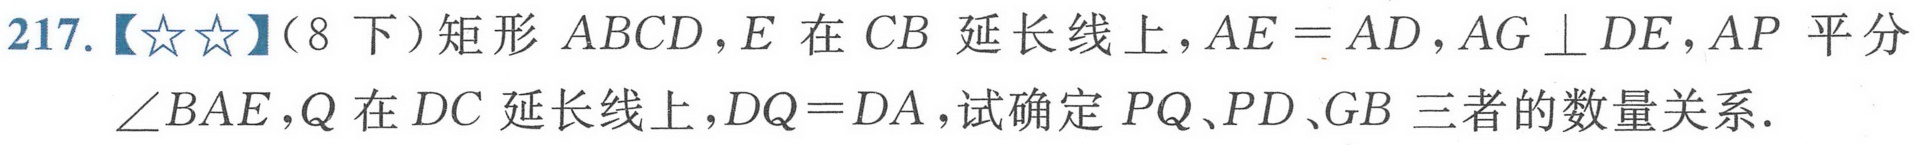
217.【★★】(8 下)矩形$ABCD,E$在$CB$延长线上,$AE = AD,AG\perp DE,AP$平分$\angle BAE,Q$在$DC$延长线上,$DQ = DA$,试确定$PQ、PD、GB$三者的数量关系.